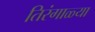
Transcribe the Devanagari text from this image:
तिरंगाळ्या